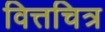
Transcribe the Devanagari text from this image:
वित्तचित्र